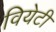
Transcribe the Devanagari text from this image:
वियेटी